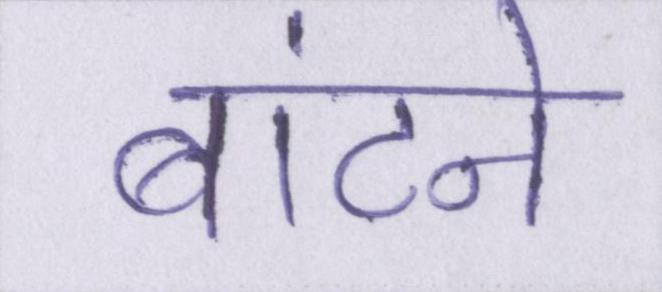
बांटने